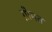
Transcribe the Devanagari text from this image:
ग़ीमत